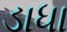
ડાધા